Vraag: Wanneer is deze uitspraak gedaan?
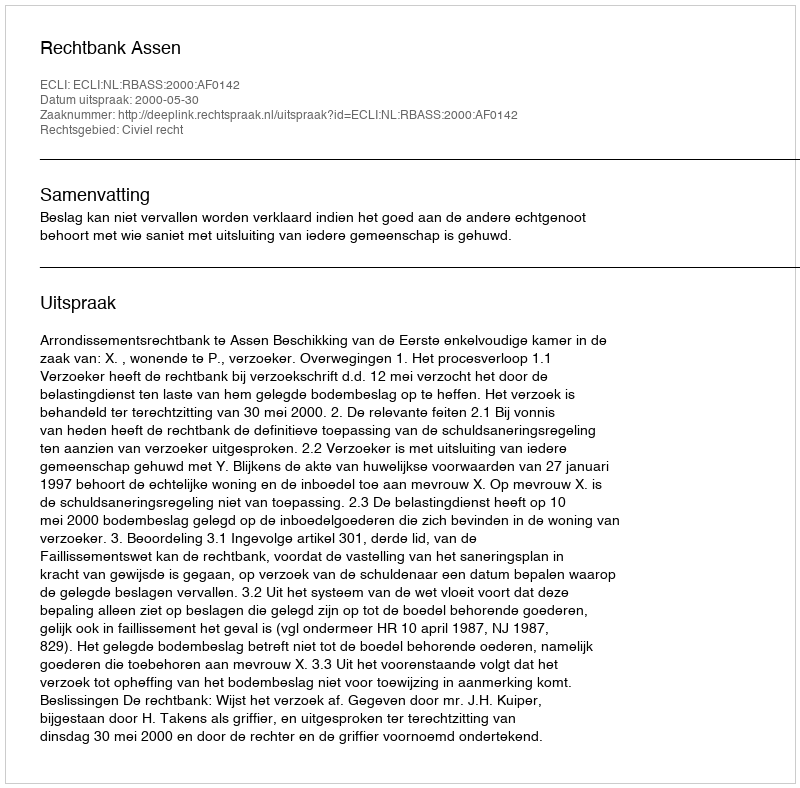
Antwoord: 2000-05-30